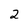
Character: 2